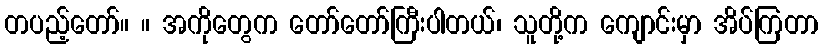
တပည့်တော်။ ။ အကိုတွေက တော်တော်ကြီးပါတယ်၊ သူတို့က ကျောင်းမှာ အိပ်ကြတာ